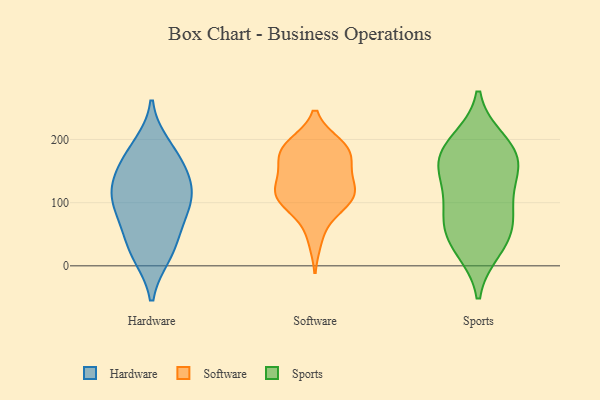
{"axis": {"x": "Conversion Rate (%)", "y": "Value"}, "legend": ["Hardware", "Software", "Sports"], "data": [{"x": "", "y": 91, "type": "Hardware"}, {"x": "", "y": 17, "type": "Hardware"}, {"x": "", "y": 17, "type": "Hardware"}, {"x": "", "y": 128, "type": "Hardware"}, {"x": "", "y": 111, "type": "Hardware"}, {"x": "", "y": 155, "type": "Hardware"}, {"x": "", "y": 190, "type": "Hardware"}, {"x": "", "y": 47, "type": "Hardware"}, {"x": "", "y": 63, "type": "Hardware"}, {"x": "", "y": 178, "type": "Hardware"}, {"x": "", "y": 148, "type": "Hardware"}, {"x": "", "y": 112, "type": "Hardware"}, {"x": "", "y": 99, "type": "Hardware"}, {"x": "", "y": 42, "type": "Software"}, {"x": "", "y": 160, "type": "Software"}, {"x": "", "y": 117, "type": "Software"}, {"x": "", "y": 192, "type": "Software"}, {"x": "", "y": 156, "type": "Software"}, {"x": "", "y": 140, "type": "Software"}, {"x": "", "y": 192, "type": "Software"}, {"x": "", "y": 112, "type": "Software"}, {"x": "", "y": 116, "type": "Software"}, {"x": "", "y": 117, "type": "Software"}, {"x": "", "y": 111, "type": "Software"}, {"x": "", "y": 179, "type": "Software"}, {"x": "", "y": 178, "type": "Software"}, {"x": "", "y": 189, "type": "Software"}, {"x": "", "y": 88, "type": "Software"}, {"x": "", "y": 94, "type": "Software"}, {"x": "", "y": 172, "type": "Sports"}, {"x": "", "y": 81, "type": "Sports"}, {"x": "", "y": 87, "type": "Sports"}, {"x": "", "y": 196, "type": "Sports"}, {"x": "", "y": 185, "type": "Sports"}, {"x": "", "y": 39, "type": "Sports"}, {"x": "", "y": 57, "type": "Sports"}, {"x": "", "y": 28, "type": "Sports"}, {"x": "", "y": 152, "type": "Sports"}, {"x": "", "y": 162, "type": "Sports"}, {"x": "", "y": 126, "type": "Sports"}]}